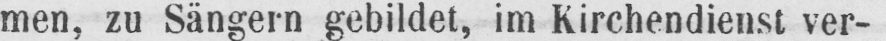
men, zu Sängern gebildet, im Kirchendienst ver-